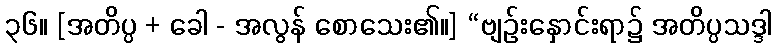
၃၆။ [အတိပ္ပ + ခေါ - အလွန် စောသေး၏။] “ဗျဉ်းနှောင်းရာ၌ အတိပ္ပသဒ္ဒါ